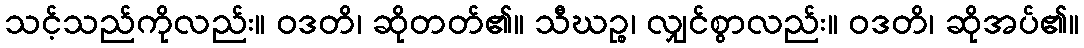
သင့်သည်ကိုလည်း။ ဝဒတိ၊ ဆိုတတ်၏။ သီဃဉ္စ၊ လျှင်စွာလည်း။ ဝဒတိ၊ ဆိုအပ်၏။